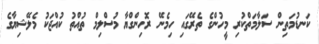
ކަނޑުމަތިން ސަލާމަތްކުރި މީހުންގެ ތެރޭގައި ހިމެނޭ ރޮހިންގްޔާ މުސްލިމް ތުއްތު ކުއްޖަކު މެލޭޝިޔާގެ